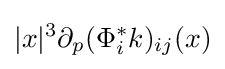
|x|^{3}\partial _{p}(\Phi _{i}^{\ast }k)_{ij}(x)